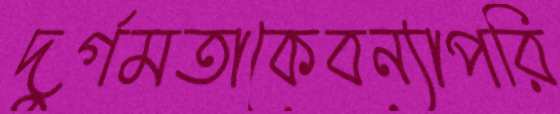
দুর্গমতাকেবন্যাপরি